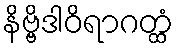
နိဗ္ဗိဒါဝိရာဂတ္ထံ